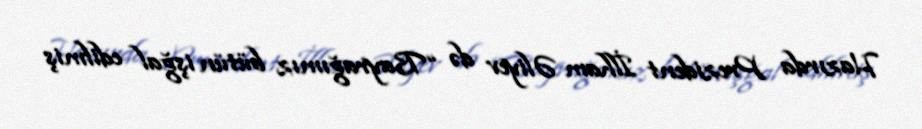
Hazırda Prezident İlham Əliyev də “Bayrağımız bütün işğal edilmiş